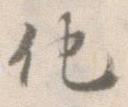
化